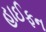
હાઈફન